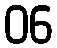
06